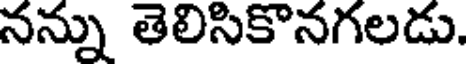
నన్ను తెలిసికొనగలడు.